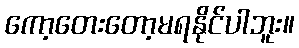
ကော့တေးတော့မရနိုင်ပါဘူး။